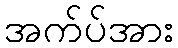
အက်ပ်အား